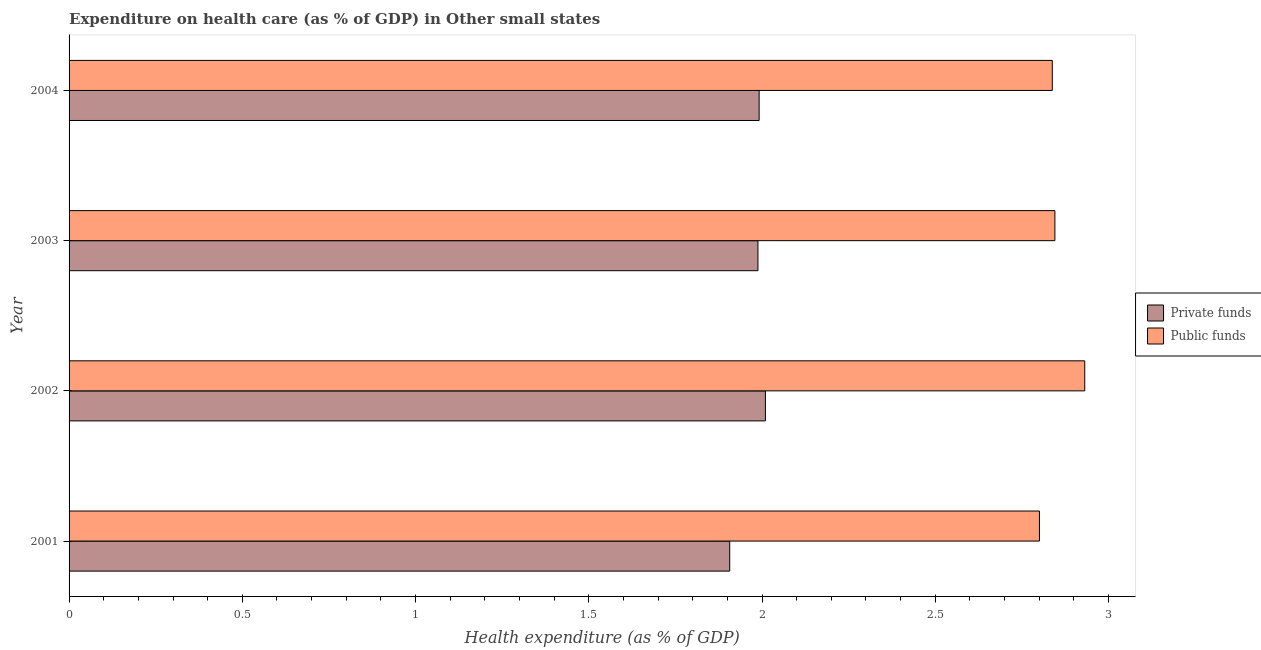
| Year | Private funds | Public funds |
 | --- | --- | --- |
 | 2001 | 1.91 | 2.8 |
 | 2002 | 2.01 | 2.93 |
 | 2003 | 1.99 | 2.85 |
 | 2004 | 1.99 | 2.84 |